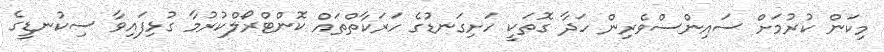
މިކަން ކުރުމަށް ސައިންސްވެރިން ހަދާ ގޮތަކީ ހަށިގަނޑުގެ ހަރަކާތްތައް ކޮންޓްރޯލްކުރުމާ ގުޅިފައިވާ ސިކުނޑީގެ